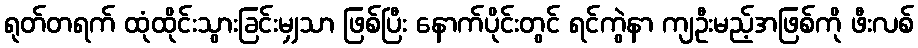
ရုတ်တရက် ထုံထိုင်းသွားခြင်းမျှသာ ဖြစ်ပြီး နောက်ပိုင်းတွင် ရင်ကွဲနာ ကျဦးမည့်အဖြစ်ကို ဖီးလစ်